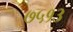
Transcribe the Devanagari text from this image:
७५१३